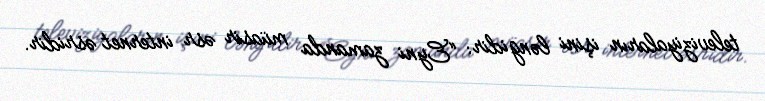
televiziyaların işini ləngidir: “Eyni zamanda müasir əsr internet əsridir.